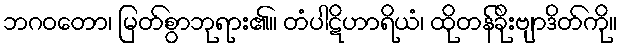
ဘဂဝတော၊ မြတ်စွာဘုရား၏။ တံပါဋိဟာရိယံ၊ ထိုတန်ခိုးဗျာဒိတ်ကို။